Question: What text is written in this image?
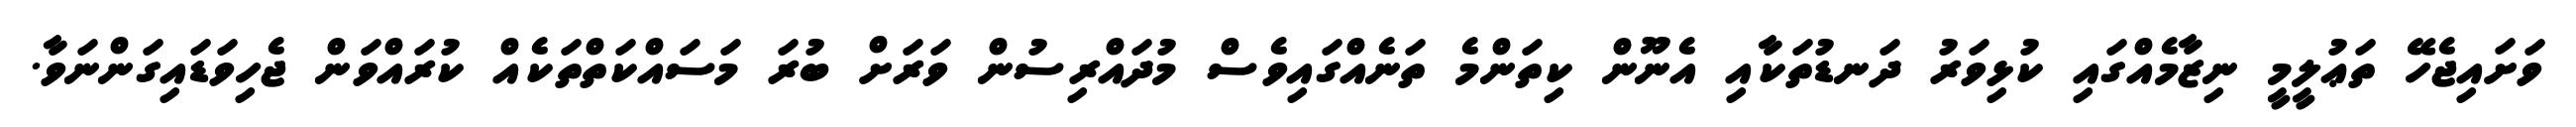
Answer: ވަށައިޖެހޭ ތަޢުލީމީ ނިޒާމެއްގައި ކުޅިވަރު ދަނޑުތަކާއި އެނޫން ކިތަންމެ ތަނެއްގައިވެސް މުދައްރިސުން ވަރަށް ބުރަ މަސައްކަތްތަކެއް ކުރައްވަން ޖެހިވަޑައިގަންނަވާ.